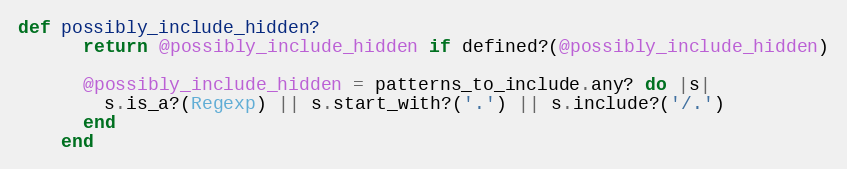
Language: Ruby
def possibly_include_hidden?
      return @possibly_include_hidden if defined?(@possibly_include_hidden)

      @possibly_include_hidden = patterns_to_include.any? do |s|
        s.is_a?(Regexp) || s.start_with?('.') || s.include?('/.')
      end
    end